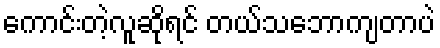
ကောင်းတဲ့လူဆိုရင် တယ်သဘောကျတာပဲ